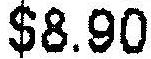
$8.90